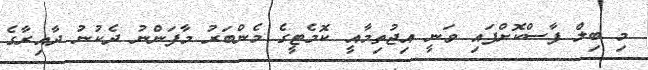
މި ބިލް ފާސްކޮށްފައި ވަނީ އިޖުތިމާއީ ކޮމެޓީގެ މެންބަރު މާފަންނު ދެކުނު ދާއިރާގެ